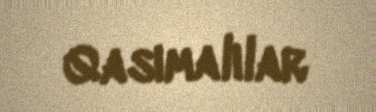
Qasımalılar